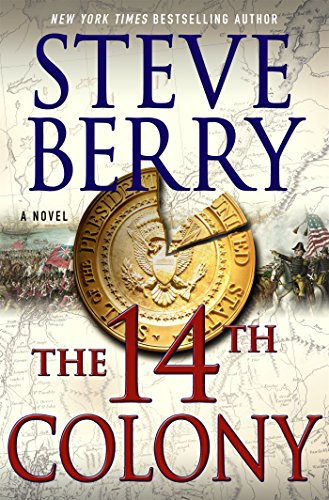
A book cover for The 14th Colony (Cotton Malone); Steve Berry; Mystery, Thriller & Suspense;